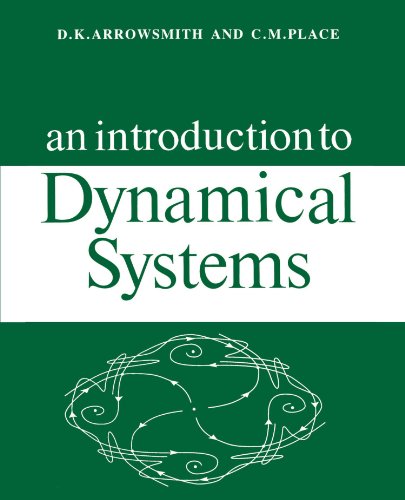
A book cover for An Introduction to Dynamical Systems; D. K. Arrowsmith; Science & Math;